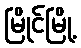
မြိုင်မြို့